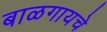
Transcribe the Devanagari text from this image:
बाळगायचे